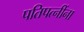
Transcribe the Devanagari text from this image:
पतिपत्‍नींना